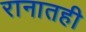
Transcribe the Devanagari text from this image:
रानातही